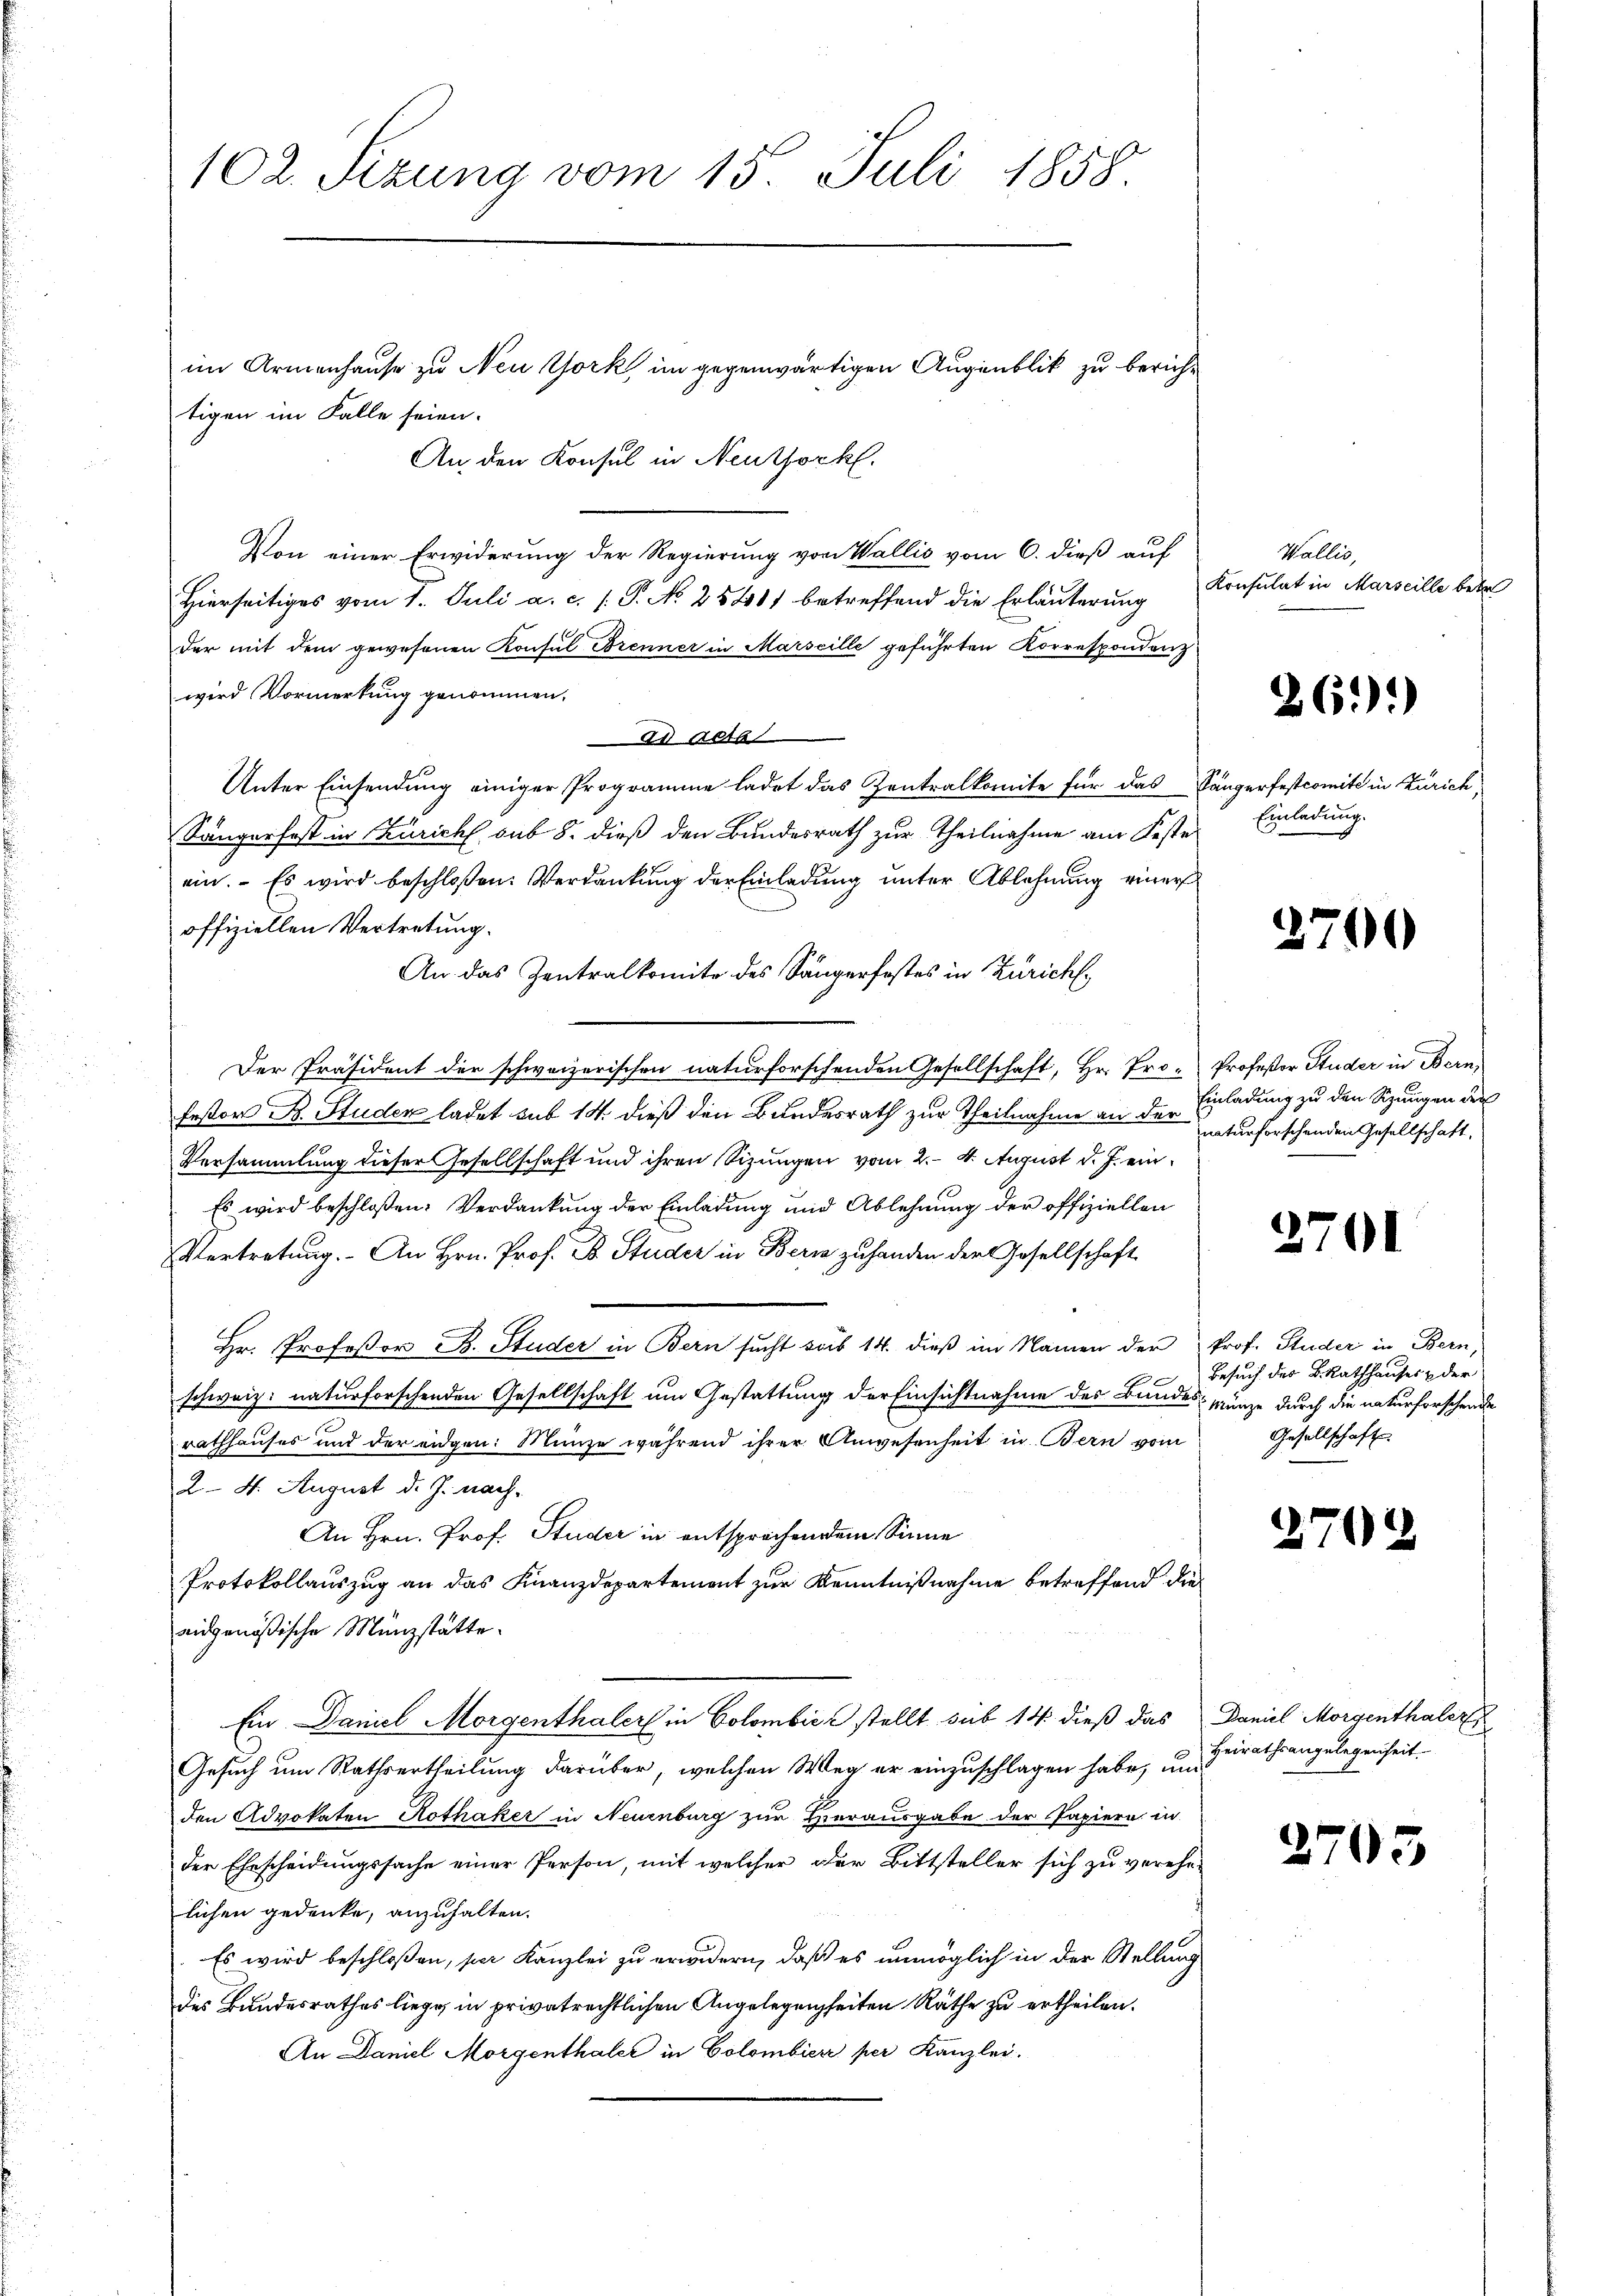
102. Sizung vom 15. Juli 1858.

An den Konsul in Neuthorkl.
Von einer Erwiderung der Regierung von Wallis vom 6. dieß auf
Hierseitiges vom 1. Juli a. c. P. No 25401 betreffend die Erläuterung
der mit dem gewesenen Konsul Brenner in Marseille geführten Korrespondenz
wird Vormerkung genommen.
ad actb.
Unter Einsendung einiger Programme ladet das Zentralkomite für das Sängerfestcomite in Zürich
Sänger fast in Zürich, sub 8. dieß den Bundesrath zur Theilnahme am Festeein. Es wird beschloßen: Verdankung der Einladung unter Ablehnung einer
offiziellen Vertretung.
An das Zentralkomite des Sängerfostes in Zürich,
Der Präsident der schweizerischen naturforschenden Gesellschaft, Hr. Pro- Profeßor Studer in Bern,
festor B. Studer ladet sub 14. dieß den Bundesrath zur Theilnahme an der
Versammlung dieser Gesellschaft und ihren Sizungen vom 2. 4. August d. J. ein¬
Es wird beschloßen: Verdankung der Einladung und Ablehnung der offiziellen
Vertretung. An Hrn. Prof. Dr. Studer in Bern zuhanden der Gesellschaft
Hr. Profeßor B. Studer in Bern sucht sub 14. dieß im Namen der Prof. Studer in Bern,
schweiz. naturforschenden Gesellschaft um Gestattung der Einsichtnahme des Bundes ganze durch die naturforschende
rathhauses und der eidgen. Münze während ihrer Anwesenheit in Bern vom
24. August d. J. nach¬
An Hrn. Prof. Studer in entsprochendem Sinne
Protokollauszug an das Finanzdepartement zur Kenntnißnahme betreffend die
eidgenößische Münzstätte.
Ein Daniel Morgenthaler in Colombić stellt sub 14 dieß das Daniel Morgenthaler
Gesuch um Rathsertheilung darüber, welchen Weg er einzuschlagen habe, um
den Advokaten Rothaker in Neuenburg zur Herausgabe der Papiere in
der Ehescheidungssache einer Person, mit welcher der Bittsteller sich zu verehe-
lichen gedenke, anzuhalten.
Es wird beschloßen, ser Kanzlei zu erwidern, daß es unmöglich in der Stellung
des Bundesrathes liege, in privatrechtlichen Angelegenheiten Räthe zu ertheilen.
An Daniel Morgenthaler in Colombiere per Kanzlei.

tigen im Falle seien.

im Armenhause zu Neu York im gegenwärtigen Augenblik zu berich¬

Wallis,
Konsulat in Marseille betr

2611)

Einladung.

2700

Einladung zu den Schungen der
naturforschenden Gesellschaft.

2701

Besuch der BRathhauses der
Gesellschaft

2702

Heirathsangelegenheit.

2705